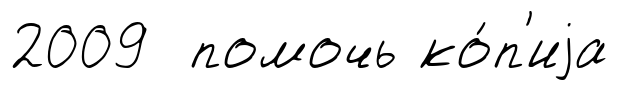
2009 помочь ко́п'иjа